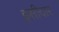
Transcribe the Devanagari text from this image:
इसीदार